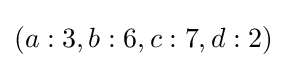
(a:3,b:6,c:7,d:2)